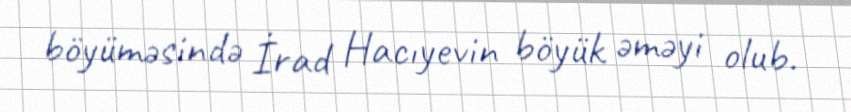
böyüməsində İrad Hacıyevin böyük əməyi olub.